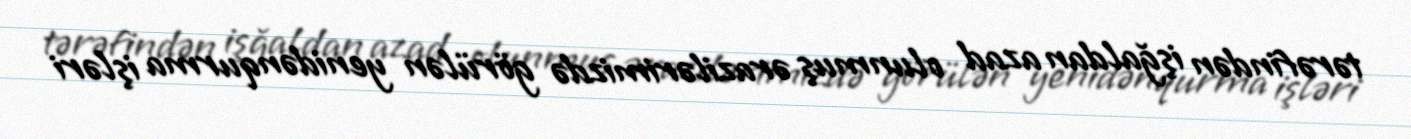
tərəfindən işğaldan azad olunmuş ərazilərimizdə görülən yenidənqurma işləri